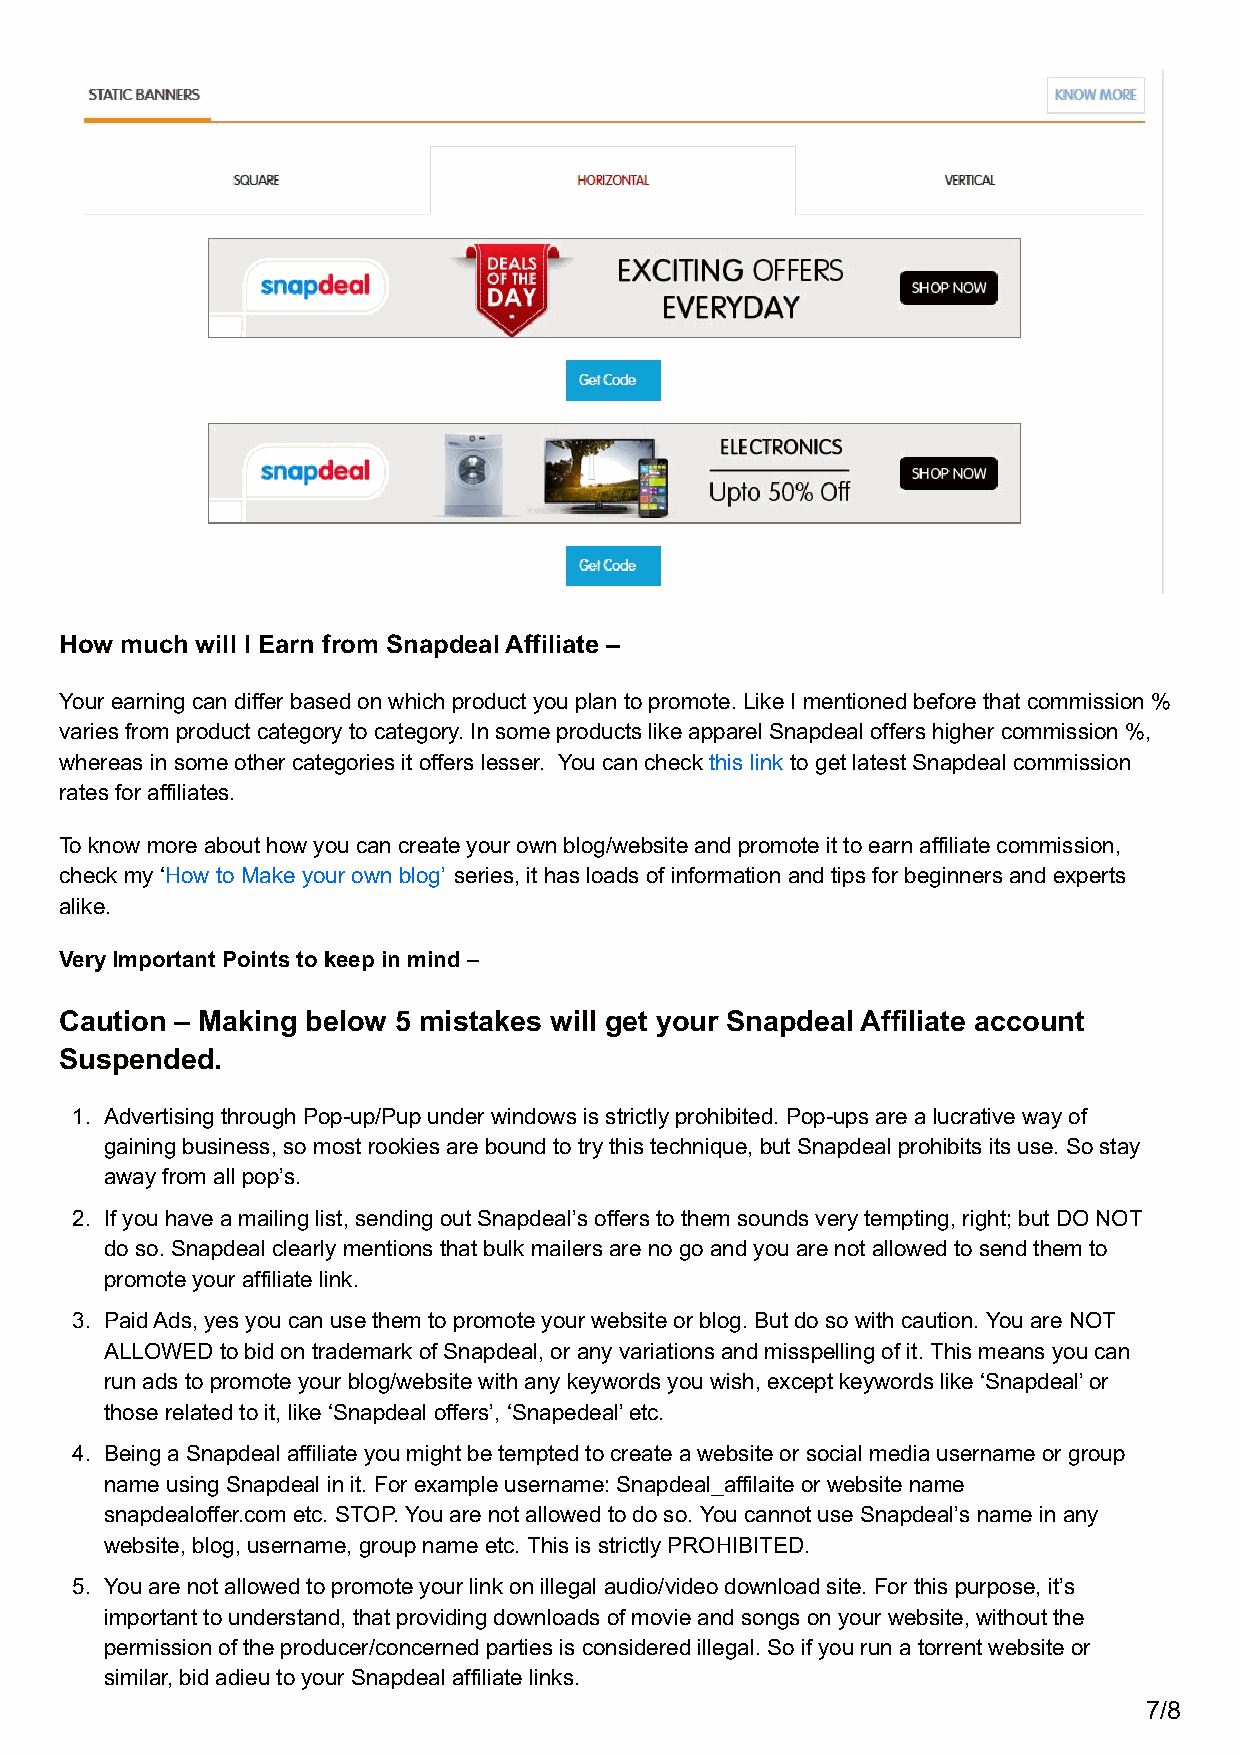
How much will I Earn from Snapdeal Affiliate –
 Your earning can differ based on which product you plan to promote. Like I mentioned before that commission %
 varies from product category to category. In some products like apparel Snapdeal offers higher commission %,
 whereas in some other categories it offers lesser. You can check this link to get latest Snapdeal commission
 rates for affiliates.
 To know more about how you can create your own blog/website and promote it to earn affiliate commission,
 check my ‘How to Make your own blog’ series, it has loads of information and tips for beginners and experts
 alike.
 Very Important Points to keep in mind –
 Caution – Making below 5 mistakes will get your Snapdeal Affiliate account
 Suspended.
 1. Advertising through Pop-up/Pup under windows is strictly prohibited. Pop-ups are a lucrative way of
 gaining business, so most rookies are bound to try this technique, but Snapdeal prohibits its use. So stay
 away from all pop’s.
 2. If you have a mailing list, sending out Snapdeal’s offers to them sounds very tempting, right; but DO NOT
 do so. Snapdeal clearly mentions that bulk mailers are no go and you are not allowed to send them to
 promote your affiliate link.
 3. Paid Ads, yes you can use them to promote your website or blog. But do so with caution. You are NOT
 ALLOWED to bid on trademark of Snapdeal, or any variations and misspelling of it. This means you can
 run ads to promote your blog/website with any keywords you wish, except keywords like ‘Snapdeal’ or
 those related to it, like ‘Snapdeal offers’, ‘Snapedeal’ etc.
 4. Being a Snapdeal affiliate you might be tempted to create a website or social media username or group
 name using Snapdeal in it. For example username: Snapdeal_affilaite or website name
 snapdealoffer.com etc. STOP. You are not allowed to do so. You cannot use Snapdeal’s name in any
 website, blog, username, group name etc. This is strictly PROHIBITED.
 5. You are not allowed to promote your link on illegal audio/video download site. For this purpose, it’s
 important to understand, that providing downloads of movie and songs on your website, without the
 permission of the producer/concerned parties is considered illegal. So if you run a torrent website or
 similar, bid adieu to your Snapdeal affiliate links.
 7/8